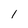
Character: 1